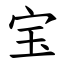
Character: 宝